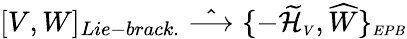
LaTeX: [V,W]_{Lie-brack.}\; \hat{\longrightarrow}\; \{ -{\widetilde{\cal H}}_{\scriptscriptstyle V},{\widehat W}\} _{\scriptscriptstyle EPB}